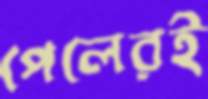
পেলেরই